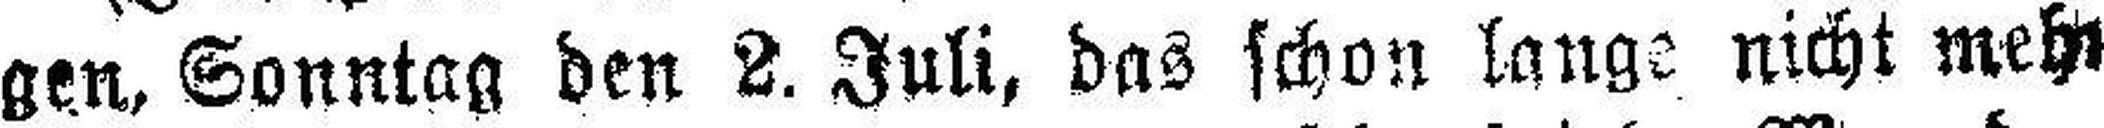
gen, Sonntag den 2. Juli, das schon lange nicht mehr